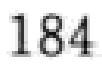
184